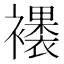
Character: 䙨